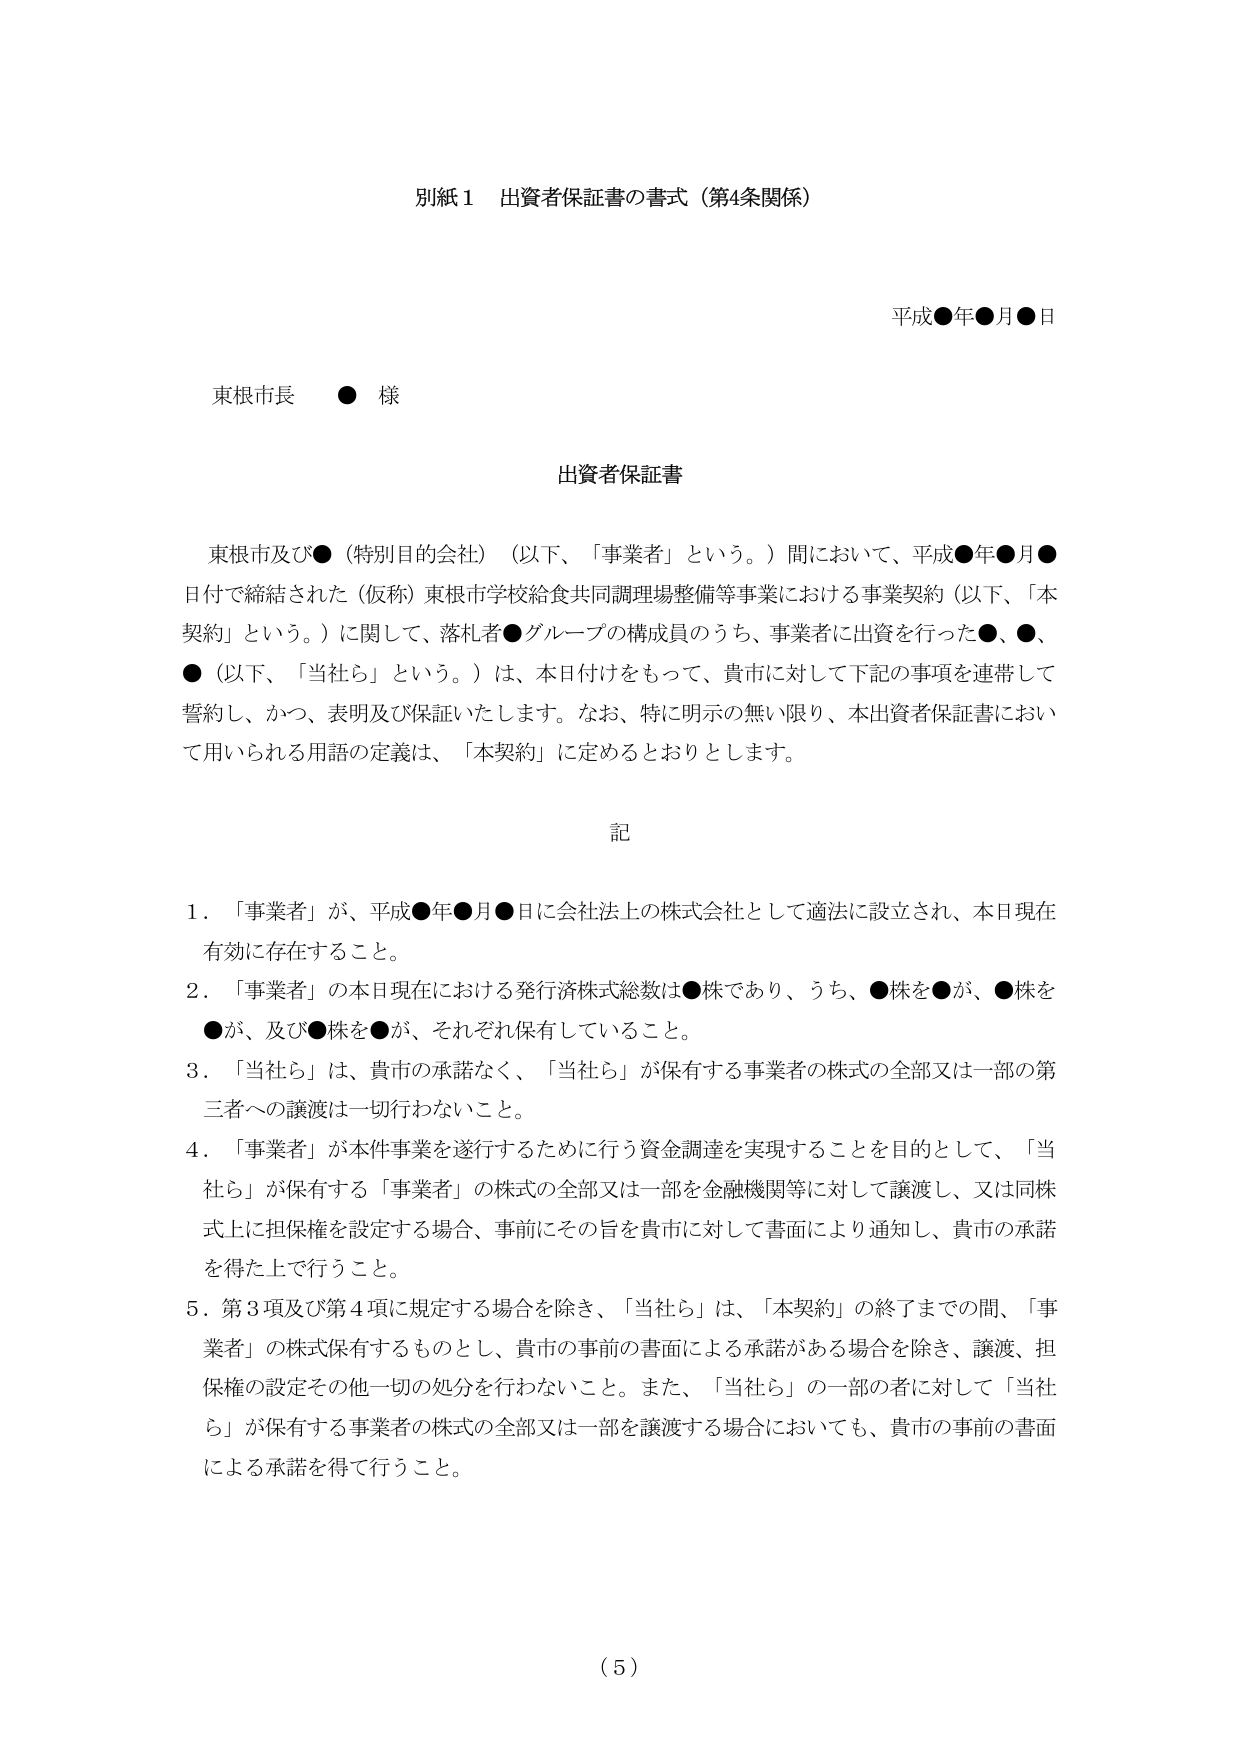
別紙１ 出資者保証書の書式（第4条関係）

平成●年●月●日

東根市長 ● 様

出資者保証書

東根市及び●（特別目的会社）（以下、「事業者」という。）間において、平成●年●月●日付で締結された（仮称）東根市学校給食共同調理場整備等事業における事業契約（以下、「本契約」という。）に関して、落札者●グループの構成員のうち、事業者に出資を行った●、●、●（以下、「当社ら」という。）は、本日付けをもって、貴市に対して下記の事項を連帯して誓約し、かつ、表明及び保証いたします。なお、特に明示の無い限り、本出資者保証書において用いられる用語の定義は、「本契約」に定めるとおりとします。

記

１．「事業者」が、平成●年●月●日に会社法上の株式会社として適法に設立され、本日現在有効に存在すること。

２．「事業者」の本日現在における発行済株式総数は●株であり、うち、●株を●が、●株を●が、及び●株を●が、それぞれ保有していること。

３．「当社ら」は、貴市の承諾なく、「当社ら」が保有する事業者の株式の全部又は一部の第三者への譲渡は一切行わないこと。

４．「事業者」が本件事業を遂行するために行う資金調達を実現することを目的として、「当社ら」が保有する「事業者」の株式の全部又は一部を金融機関等に対して譲渡し、又は同株式上に担保権を設定する場合、事前にその旨を貴市に対して書面により通知し、貴市の承諾を得た上で行うこと。

５．第３項及び第４項に規定する場合を除き、「当社ら」は、「本契約」の終了までの間、「事業者」の株式保有するものとし、貴市の事前の書面による承諾がある場合を除き、譲渡、担保権の設定その他一切の処分を行わないこと。また、「当社ら」の一部の者に対して「当社ら」が保有する事業者の株式の全部又は一部を譲渡する場合においても、貴市の事前の書面による承諾を得て行うこと。

（５）